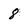
Character: 8